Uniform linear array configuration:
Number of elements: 16
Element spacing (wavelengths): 1
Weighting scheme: blackman
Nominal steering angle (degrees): -45
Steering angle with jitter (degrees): -44.807
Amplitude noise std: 0.05
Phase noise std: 0.05

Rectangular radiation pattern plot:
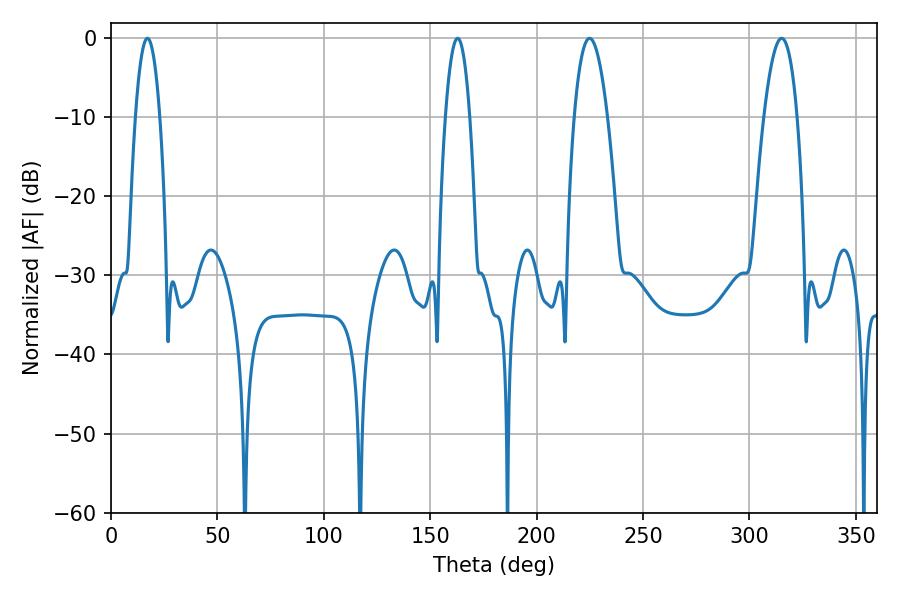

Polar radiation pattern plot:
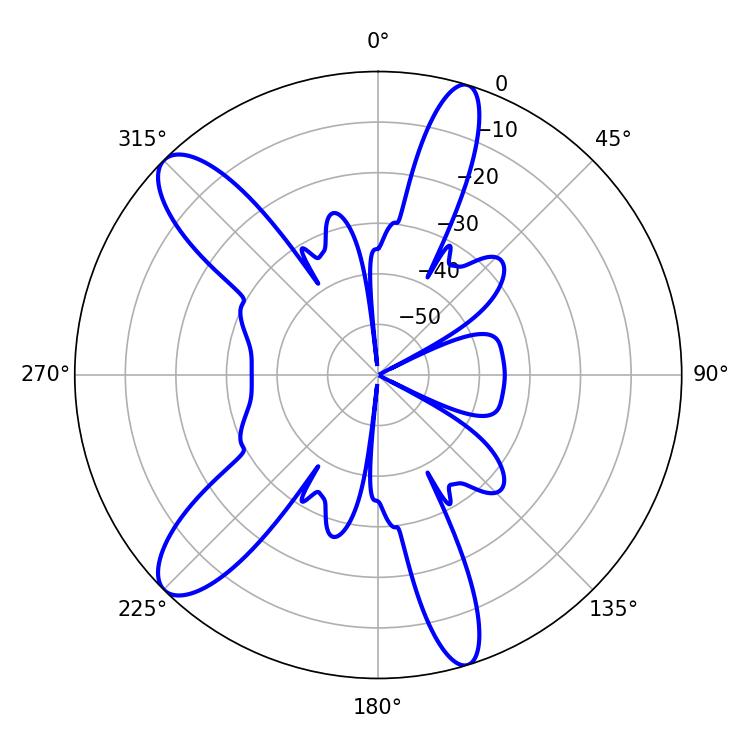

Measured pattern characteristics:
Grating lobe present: TRUE
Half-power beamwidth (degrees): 6.3
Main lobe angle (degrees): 17.1